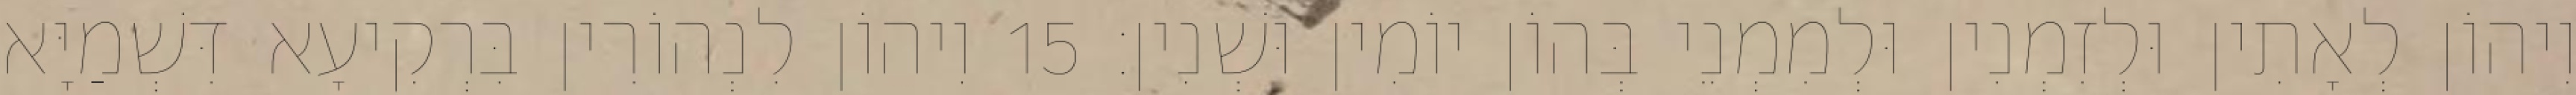
וִיהוֹן לְאָתִין וּלְזִמְנִין וּלְמִמְנֵי בְּהוֹן יוֹמִין וּשְׁנִין׃ 15 וִיהוֹן לִנְהוֹרִין בִּרְקִיעָא דִּשְׁמַיָּא